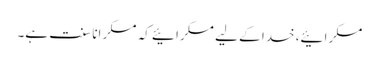
مسکرائیے، خدا کے لیے مسکرائیے کہ مسکرانا سنت ہے۔